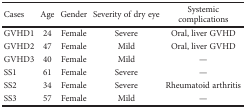
<table><thead><tr><td><b>Cases</b></td><td><b>Age</b></td><td><b>Gender</b></td><td><b>Severity of dry eye</b></td><td><b>Systemic complications</b></td></tr></thead><tbody><tr><td>GVHD1</td><td>24</td><td>Female</td><td>Severe</td><td>Oral, liver GVHD</td></tr><tr><td>GVHD2</td><td>47</td><td>Female</td><td>Mild</td><td>Oral, liver GVHD</td></tr><tr><td>GVHD3</td><td>40</td><td>Female</td><td>Mild</td><td>—</td></tr><tr><td>SS1</td><td>61</td><td>Female</td><td>Severe</td><td>—</td></tr><tr><td>SS2</td><td>34</td><td>Female</td><td>Severe</td><td>Rheumatoid arthritis</td></tr><tr><td>SS3</td><td>57</td><td>Female</td><td>Mild</td><td>—</td></tr></tbody></table>